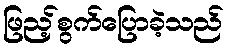
ဖြည့်စွက်ပြောခဲ့သည်